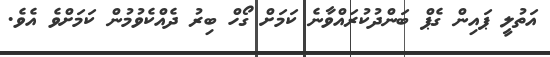
އަތުލީ ޕައިން ގެޕް ބަންދުކުރައްވާނެ ކަމަށް ގޯހް ބިރު ދެއްކެވުމުން ކަމަށްވެ އެވެ.